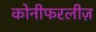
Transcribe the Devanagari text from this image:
कोनीफरलीज़